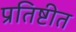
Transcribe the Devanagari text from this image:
प्रतिष्टीत